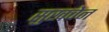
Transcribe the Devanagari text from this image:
सुखचेन